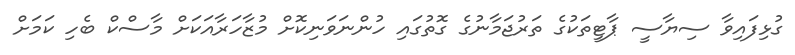
ގުޅިފައިވާ ސިޔާސީ ޕާޓީތަކުގެ ތަރުޖަމާނުގެ ގޮތުގައި ހުންނަވަނިކޮށް މުޒާހަރާއަކަށް މާސްކް ބެހި ކަމަށް